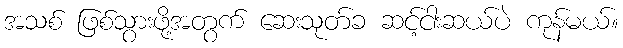
အသစ် ဖြစ်သွားဖို့အတွက် ဆေးသုတ်ခ ဆင့်ငါးဆယ်ပဲ ကုန်မယ်။